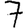
Digit: 7